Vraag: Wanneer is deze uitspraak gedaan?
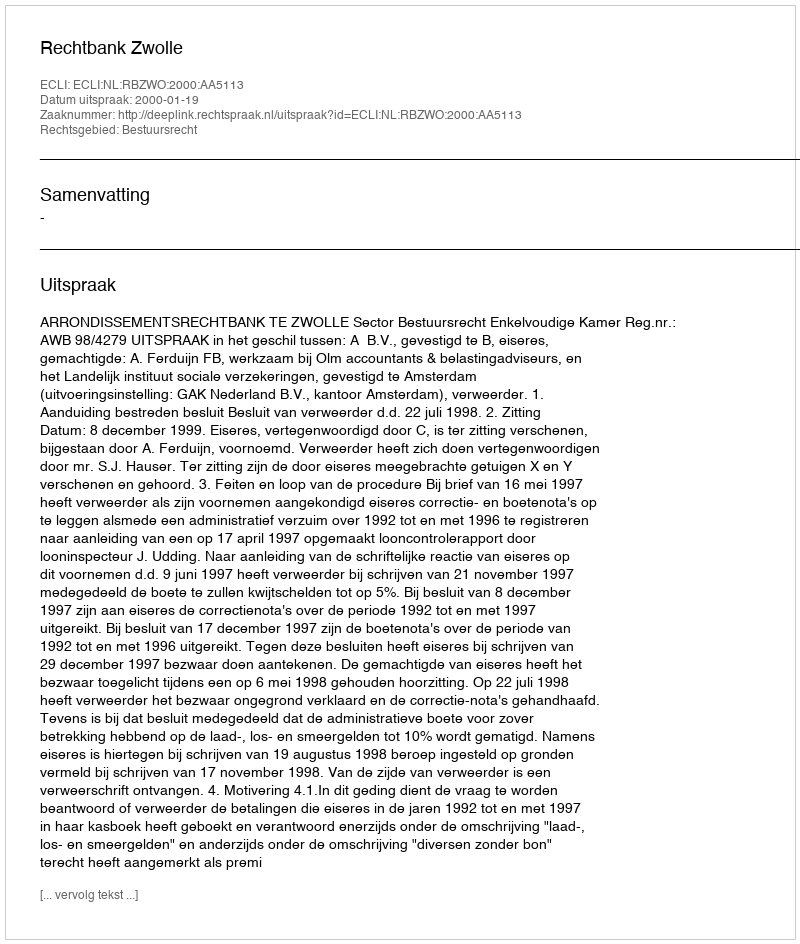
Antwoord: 2000-01-19